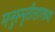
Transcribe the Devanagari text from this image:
मनुस्मृतीसारख्या